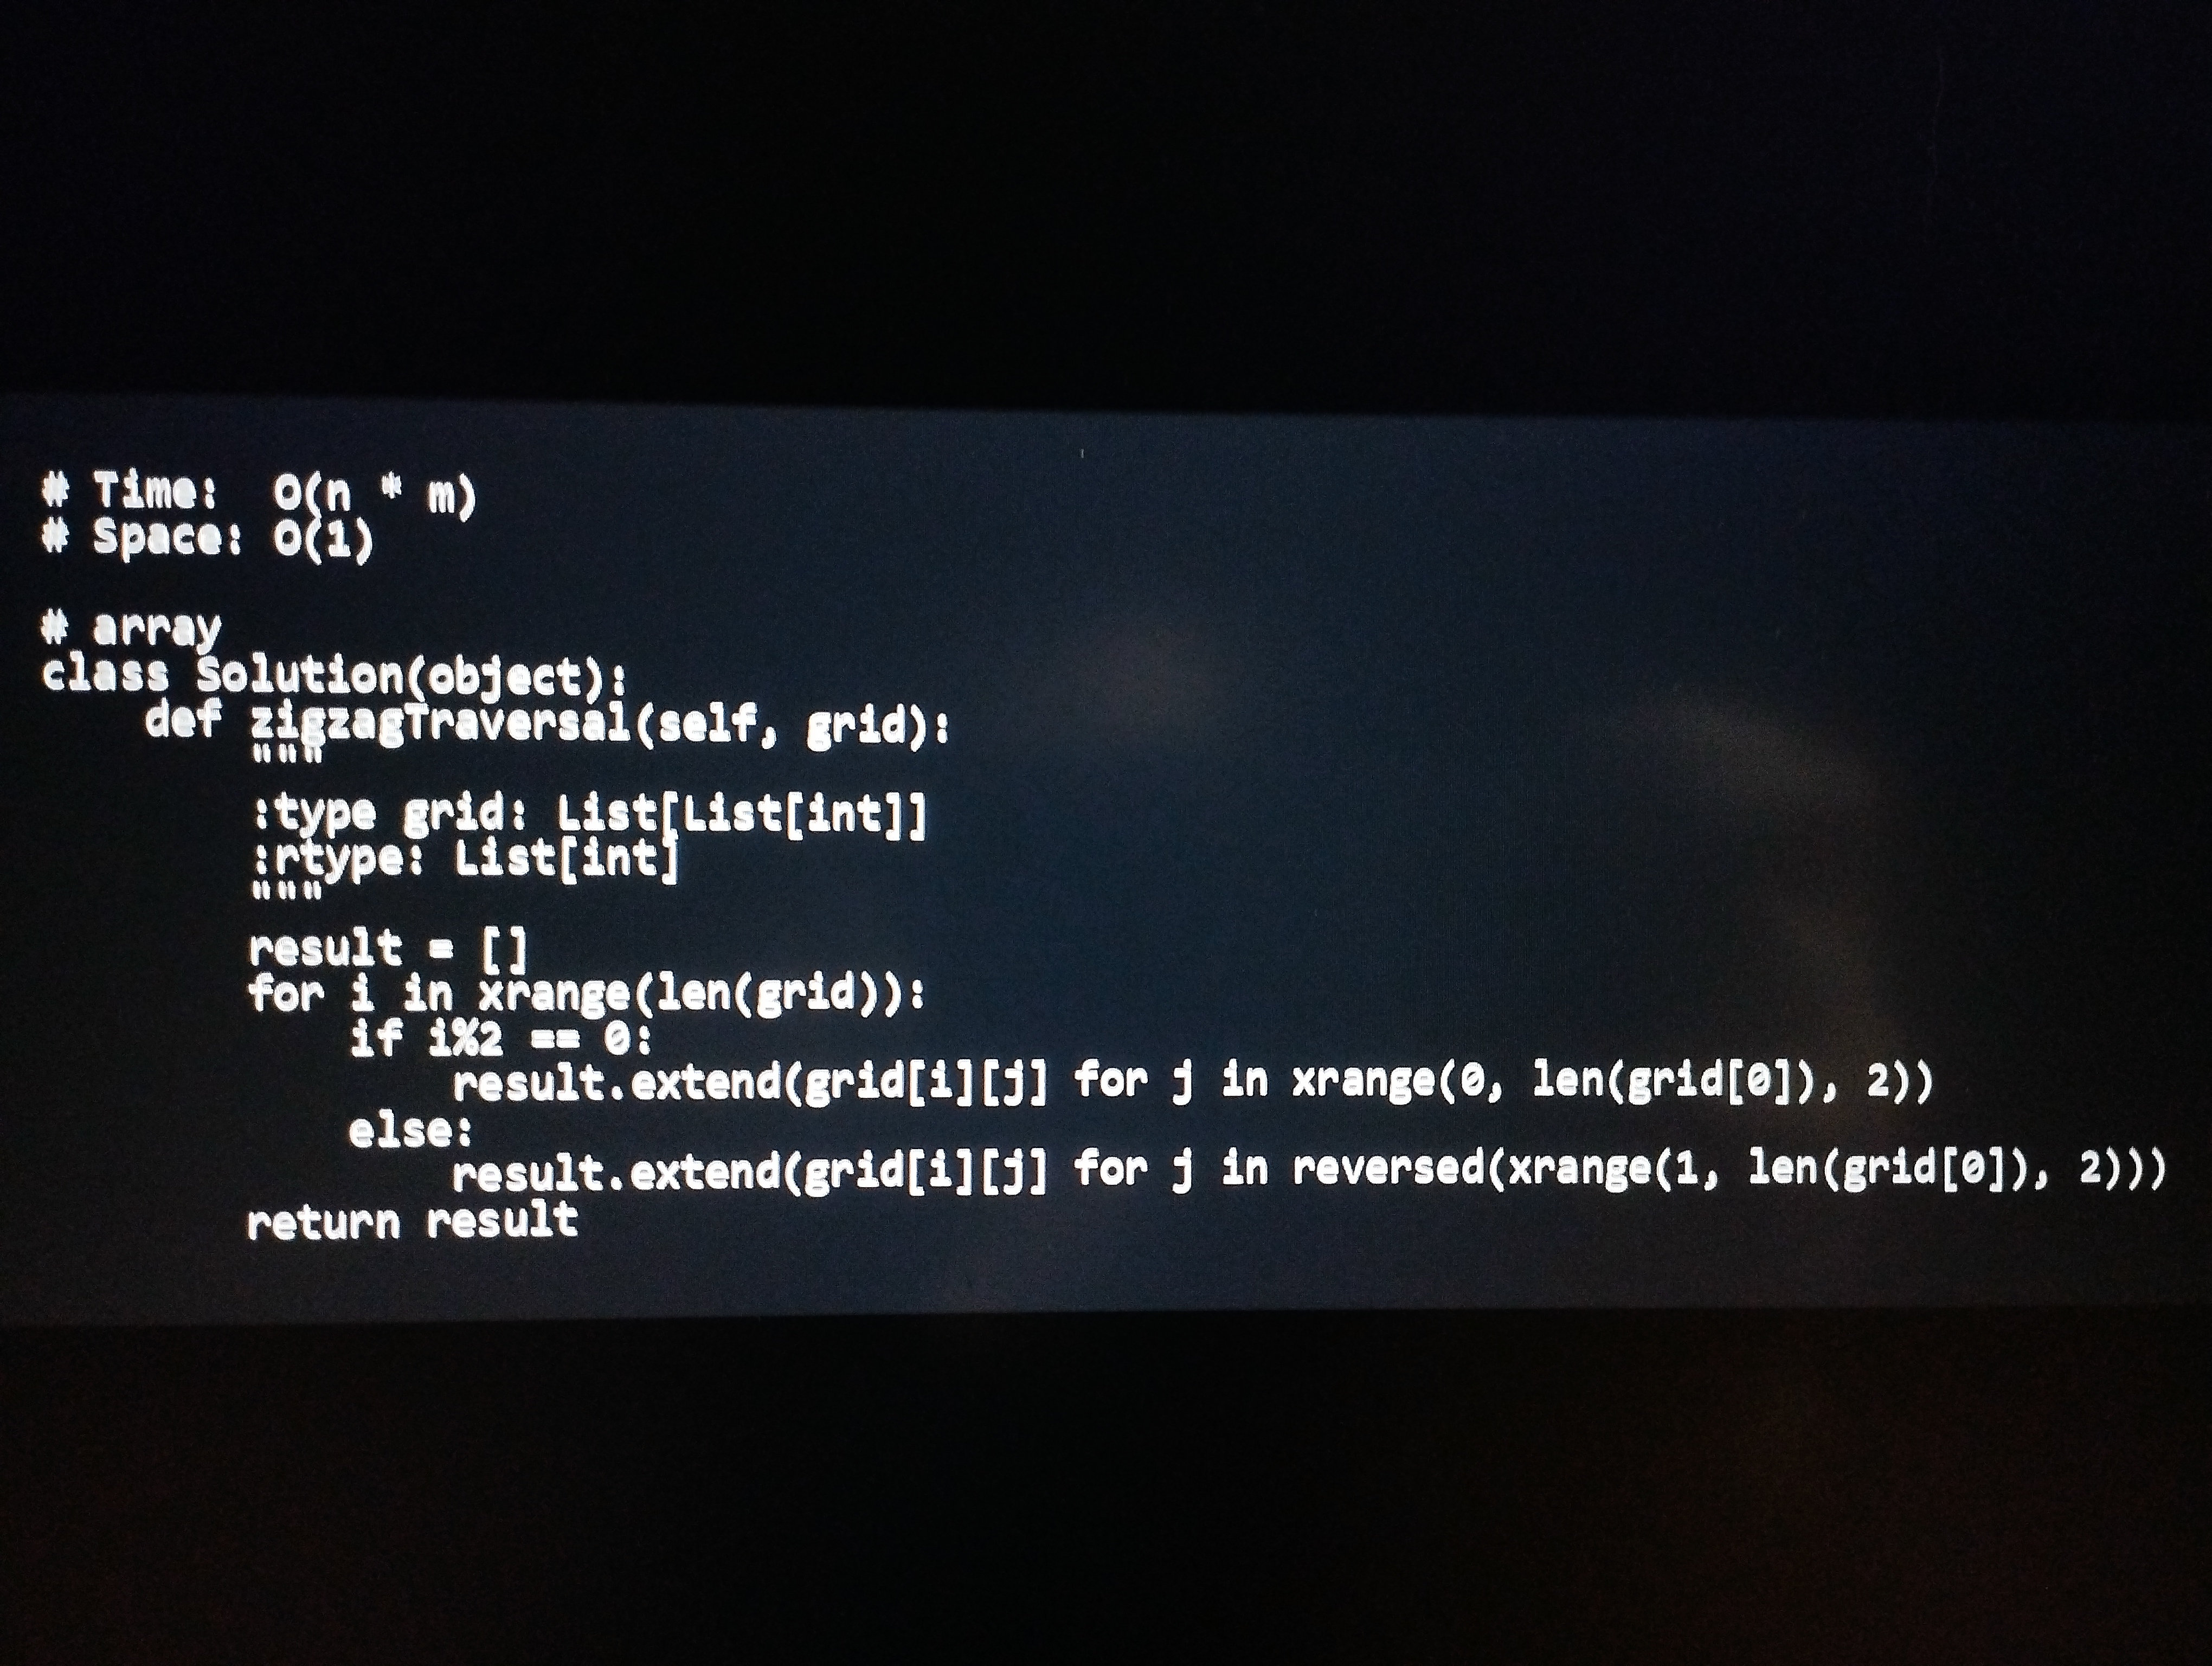
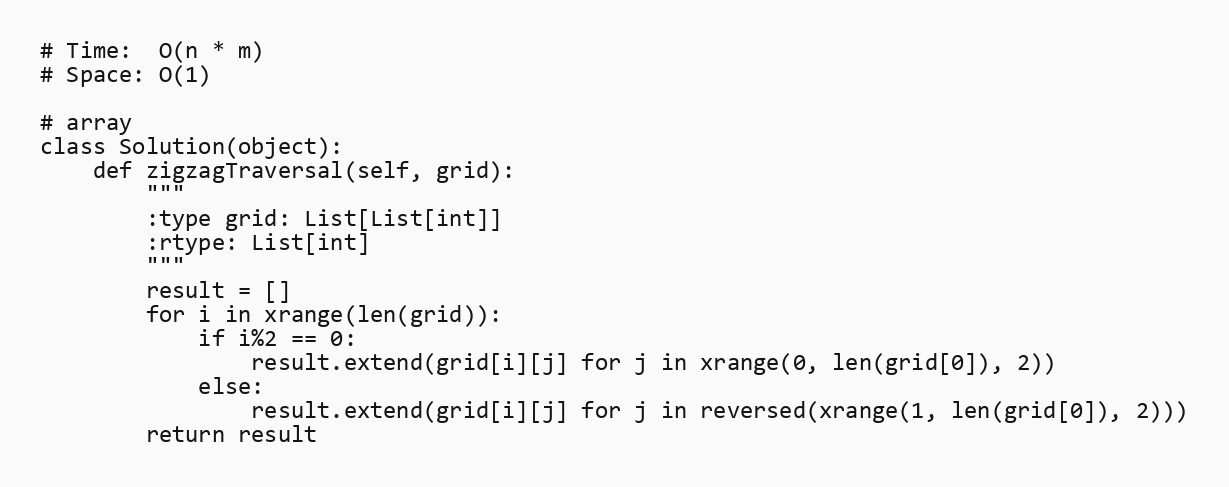
# Time:  O(n * m)
# Space: O(1)

# array
class Solution(object):
    def zigzagTraversal(self, grid):
        """
        :type grid: List[List[int]]
        :rtype: List[int]
        """
        result = []
        for i in xrange(len(grid)):
            if i%2 == 0:
                result.extend(grid[i][j] for j in xrange(0, len(grid[0]), 2))
            else:
                result.extend(grid[i][j] for j in reversed(xrange(1, len(grid[0]), 2)))
        return result